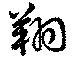
翔